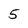
Character: 5